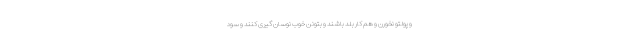
و پولتو نخورن و هم کار بلد باشند و بتونن خوب نوسان گیری کنند و سود